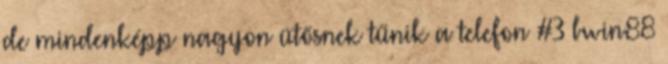
de mindenképp nagyon ütősnek tűnik a telefon #3 bwin88